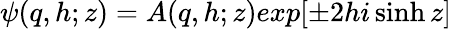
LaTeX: \psi(q,h;z)=A(q,h;z)exp[\pm 2hi\sinh z]